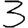
Digit: 3